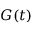
G ( t )